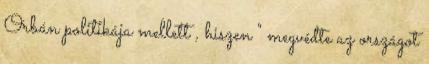
Orbán politikája mellett , hiszen " megvédte az országot